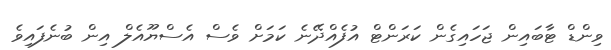
ވިންޑް ޓާބައިން ޖަހައިގެން ކަރަންޓް އުފެއްދޭނެ ކަމަށް ވެސް އެސްޔޫއެލް އިން ބުނެފައިވެ